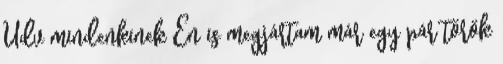
Üdv mindenkinek Én is megjártam már egy pár török